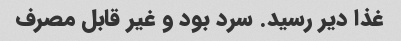
غذا دیر رسید. سرد بود و غیر قابل مصرف